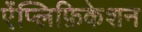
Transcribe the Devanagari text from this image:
ऐंप्लिफ़िकेशन